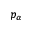
p _ { \alpha }